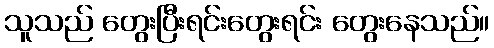
သူသည် တွေးပြီးရင်းတွေးရင်း တွေးနေသည်။